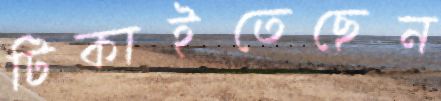
টিকাইতেছেন